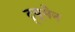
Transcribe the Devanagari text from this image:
ट्र्यूमेन